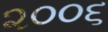
૨૦૦૬